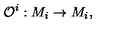
{ \cal O } ^ { i } : M _ { i } \rightarrow M _ { i } ,